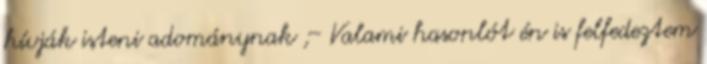
hívják isteni adománynak ;- Valami hasonlót én is felfedeztem